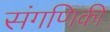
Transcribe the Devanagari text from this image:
संगणिकी